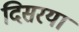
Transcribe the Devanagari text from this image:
दिसरया